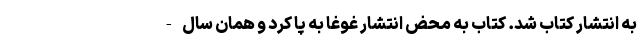
به انتشار کتاب شد. کتاب به محض انتشار غوغا به پا کرد و همان سال -